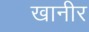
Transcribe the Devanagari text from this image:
खानीर